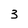
Character: 3